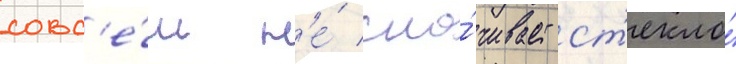
совс'е́м н'е́ сма́чивает ст'екло́